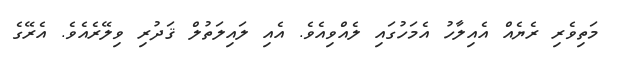
މަތިވެރި ރެޔެއް އެއިލާހު އެމަހުގައި ލެއްވިއެވެ. އެއި ލައިލަތުލް ޤަދުރި ވިލޭރެއެވެ. އެރޭގެ